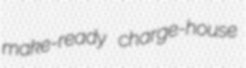
make-ready charge-house